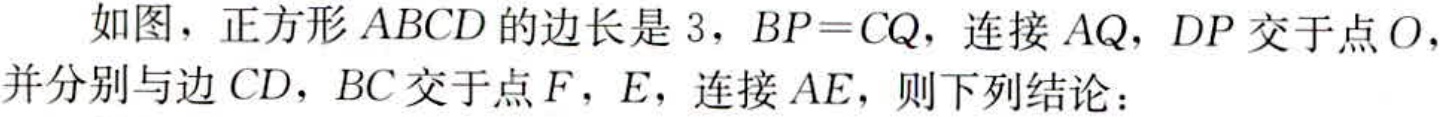
如图，正方形 \(ABCD\) 的边长是 \(3\)，\(BP = CQ\)，连接 \(AQ\)，\(DP\) 交于点 \(O\)，并分别与边 \(CD\)，\(BC\) 交于点 \(F\)，\(E\)，连接 \(AE\)，则下列结论：